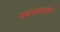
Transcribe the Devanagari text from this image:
वाड्मयप्रकारातील